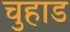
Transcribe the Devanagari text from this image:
चुहाड